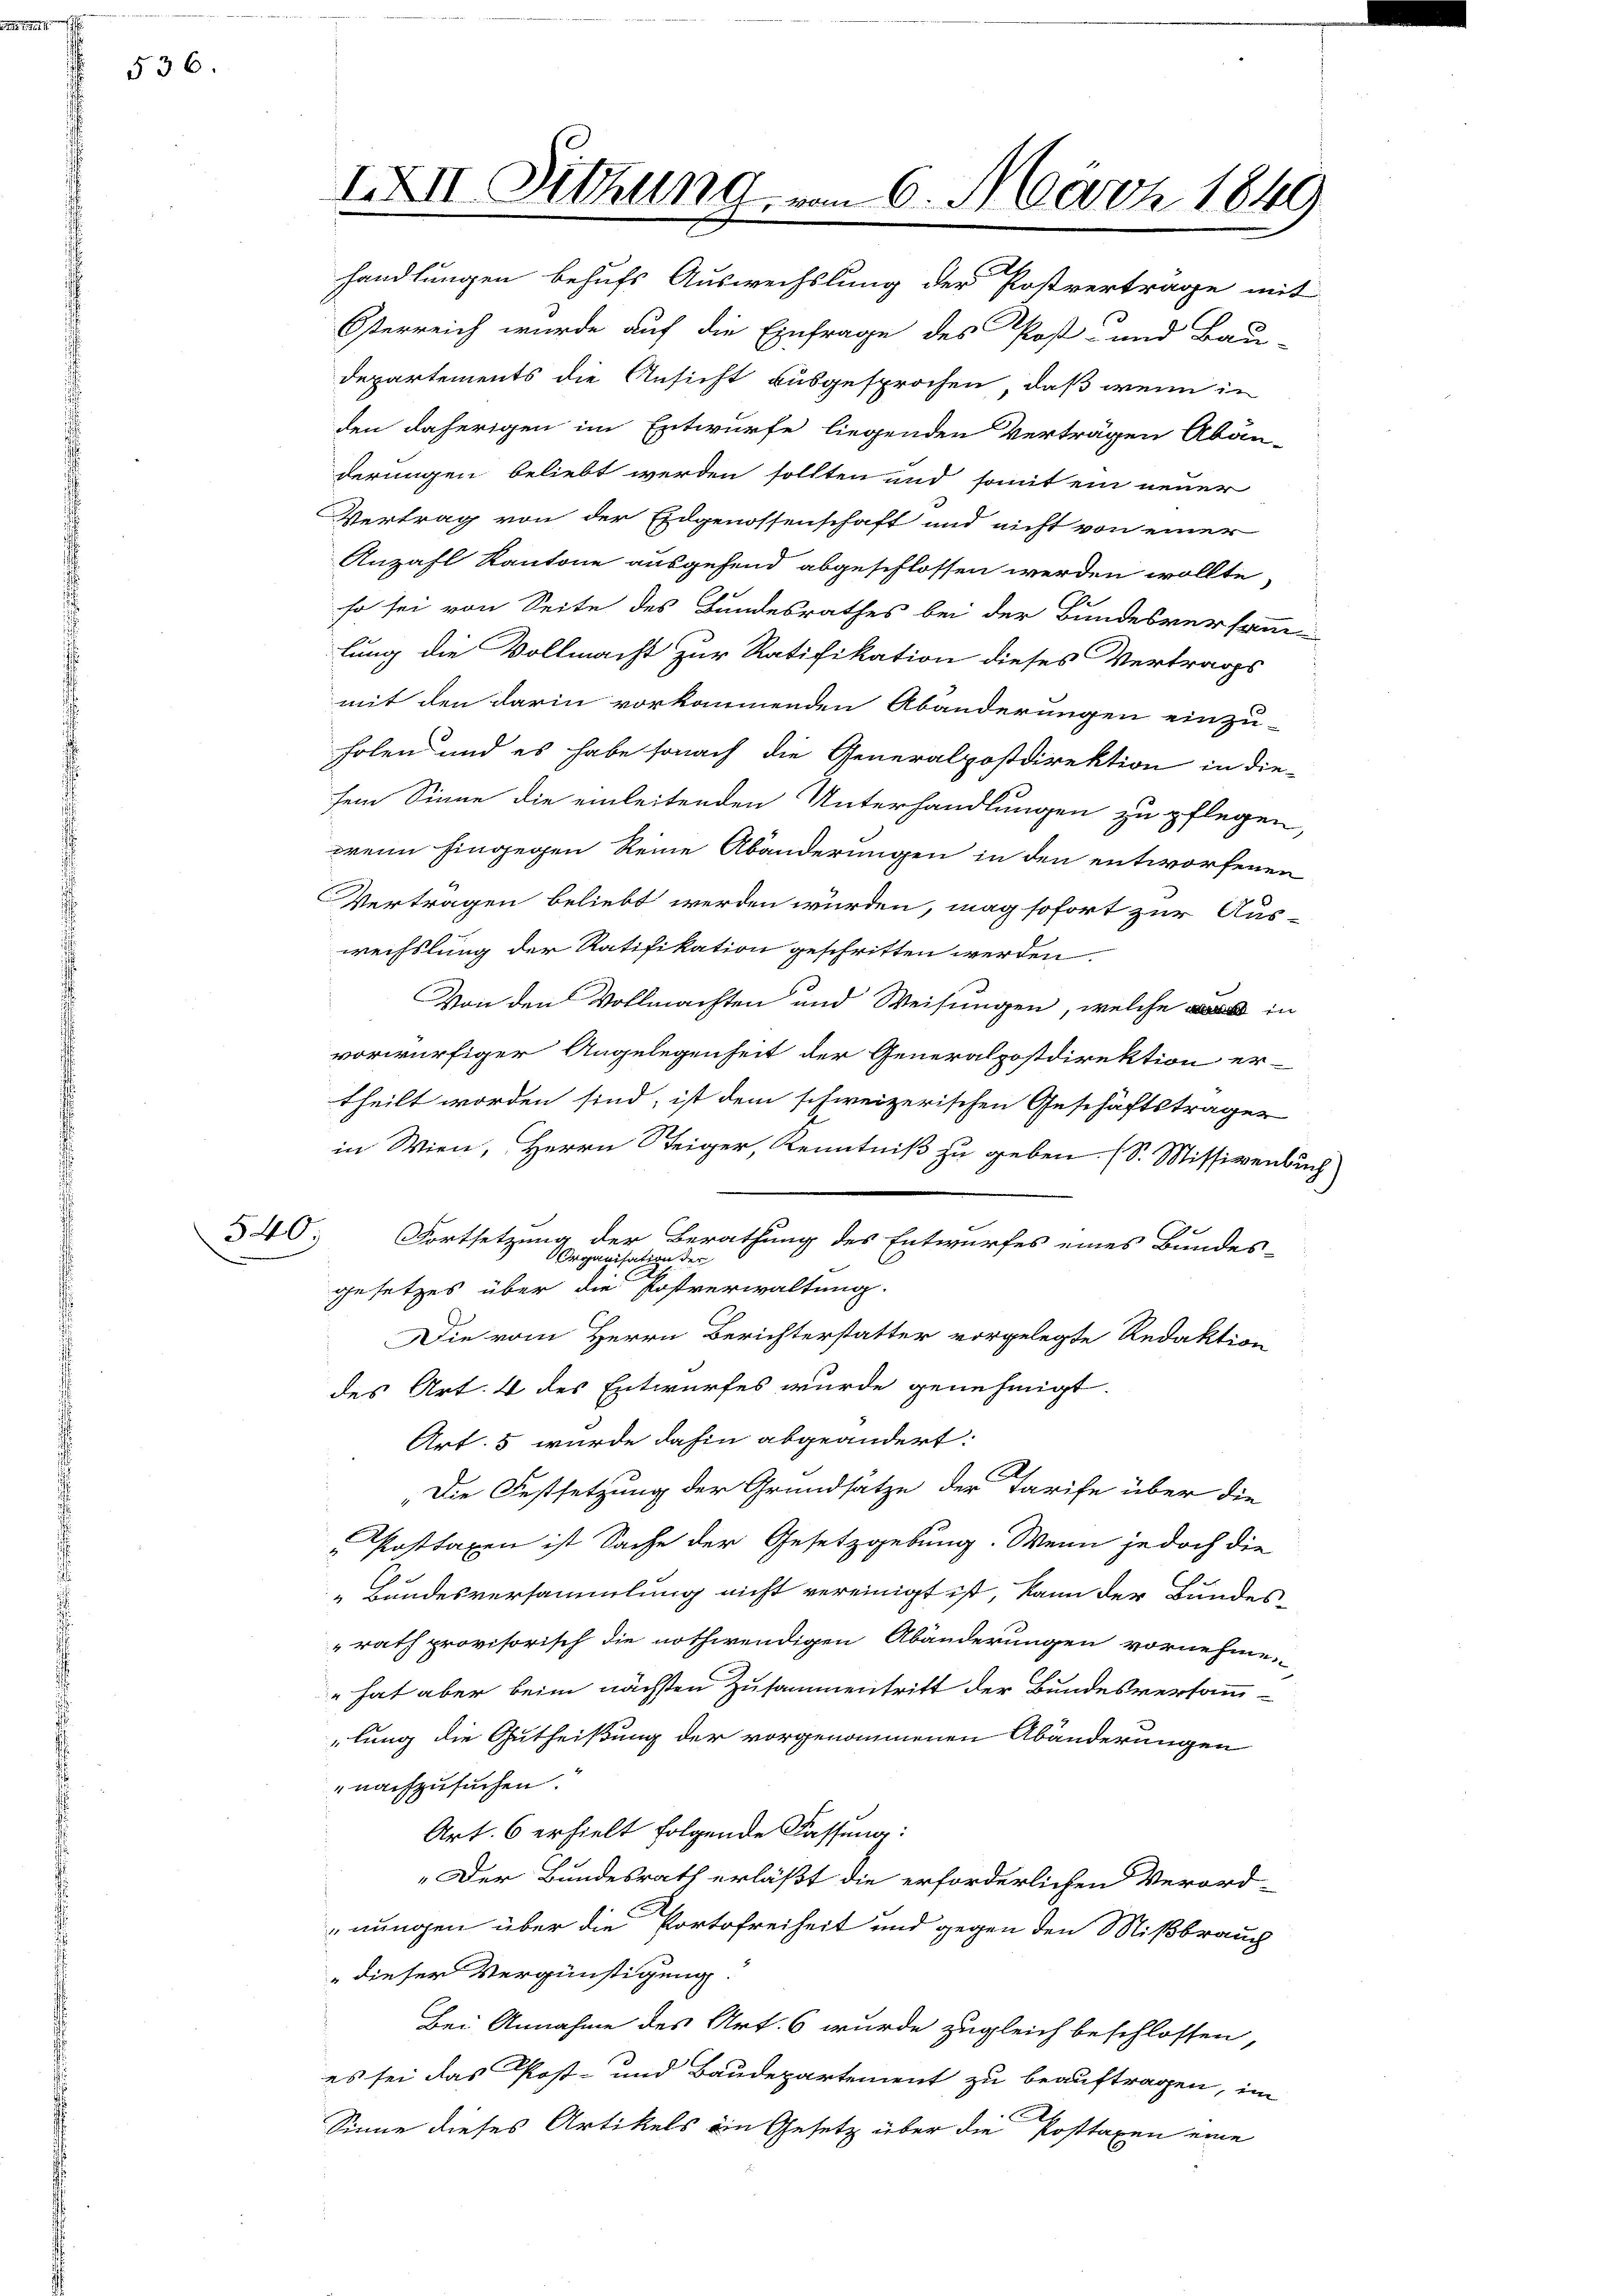
536.

IXII. Sitzung vom 6. März 1849
handlungen behufs Auswechslung der Postverträge mit

Österreich wurde auf die Einfrage des Post- und Bau-
Departements die Ansicht ausgesprochen, daß wenn in
den daherigen im Entwurfe liegenden Verträgen Abän-
derungen beliebt werden sollten und somit ein neuer
Vertrag von der Eidgenossenschaft und nicht von einer
Anzahl Kantone ausgehend abgeschlossen werden wollte,
so sei von Seite des Bundesrathes bei der Bundesversammlung die Vollmacht zur Ratifikation dieses Vertrags
mit den darin vorkommenden Abänderungen einzu-
holen und es habe sonach die Generalpostdirektion in die-
sem Sinne die einleitenden Unterhandlungen zu pflegen,
wenn hingegen Reine Abänderungen in den entworfenen
Vertragen beliebt werden wurden, mag sofort zur Aus-
wechslung der Ratifikation geschritten werden.
Von den Vollmachten und Weisungen, welche in
vorwürfiger Angelegenheit der Generalpostdirektion er-
theilt worden sind, ist dem schweizerischen Geschäftsträger
in Wien, Herrn Steiger, Kenntniß zu geben. (S. Missivenbuch
340; Fortsetzung der Berathung des Entwurfes eines Bundes-
og
te Pers
von der
a
gesetzes über die Postverwaltung.
Die vom Herrn Berichterstatter vorgelegte Redaktion
des Art. 4 des Entwurfes wurde genehmigt.
Art. 5 wurde dahin abgeändert.
„Die Festsetzung der Grundsätze der Tarife über die
" Posttaxen ist Sache der Gesetzgebung. Wenn jedoch die
Bundesversammlung nicht vereinigt ist, kann der Bundesrath provisorisch die nothwendigen Abänderungen vornehme,
" hat aber beim nächsten Zusammentritt der Bundesversammlung die Gutheißung der vorgenommenen Abänderungen
nachzusuchen.
Art. 6 erhielt folgende Fassung:
„Der Bundesrath erläßt die erforderlichen Verord-
nungen über die Portofreiheit und gegen den Mißbrauch
" dieser Vergünstigung.
Bei Annahme des Art. 6 wurde zugleich beschlossen,
es sei das Post- und Baudepartement zu beauftragen, im
A
Sinne dieses Artikels ein Gesetz über die Posttaxen eine